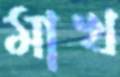
মাখ